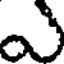
ఎ